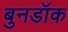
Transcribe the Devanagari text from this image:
बुनडॉक